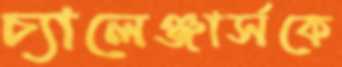
চ্যালেঞ্জার্সকে